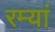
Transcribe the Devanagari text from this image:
रम्यां